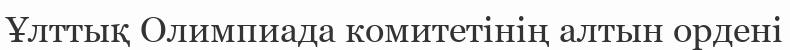
Ұлттық Олимпиада комитетінің алтын ордені